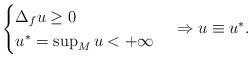
LaTeX: \begin{align*}\begin{cases}\Delta_{f}u\geq0\\u^{\ast}=\sup_{M}u<+\infty\end{cases}\Rightarrow u\equiv u^{\ast}.\end{align*}